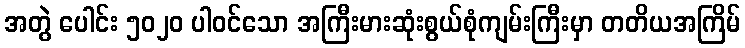
အတွဲ ပေါင်း ၅၀၂၀ ပါဝင်သော အကြီးမားဆုံးစွယ်စုံကျမ်းကြီးမှာ တတိယအကြိမ်